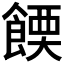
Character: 𫗔